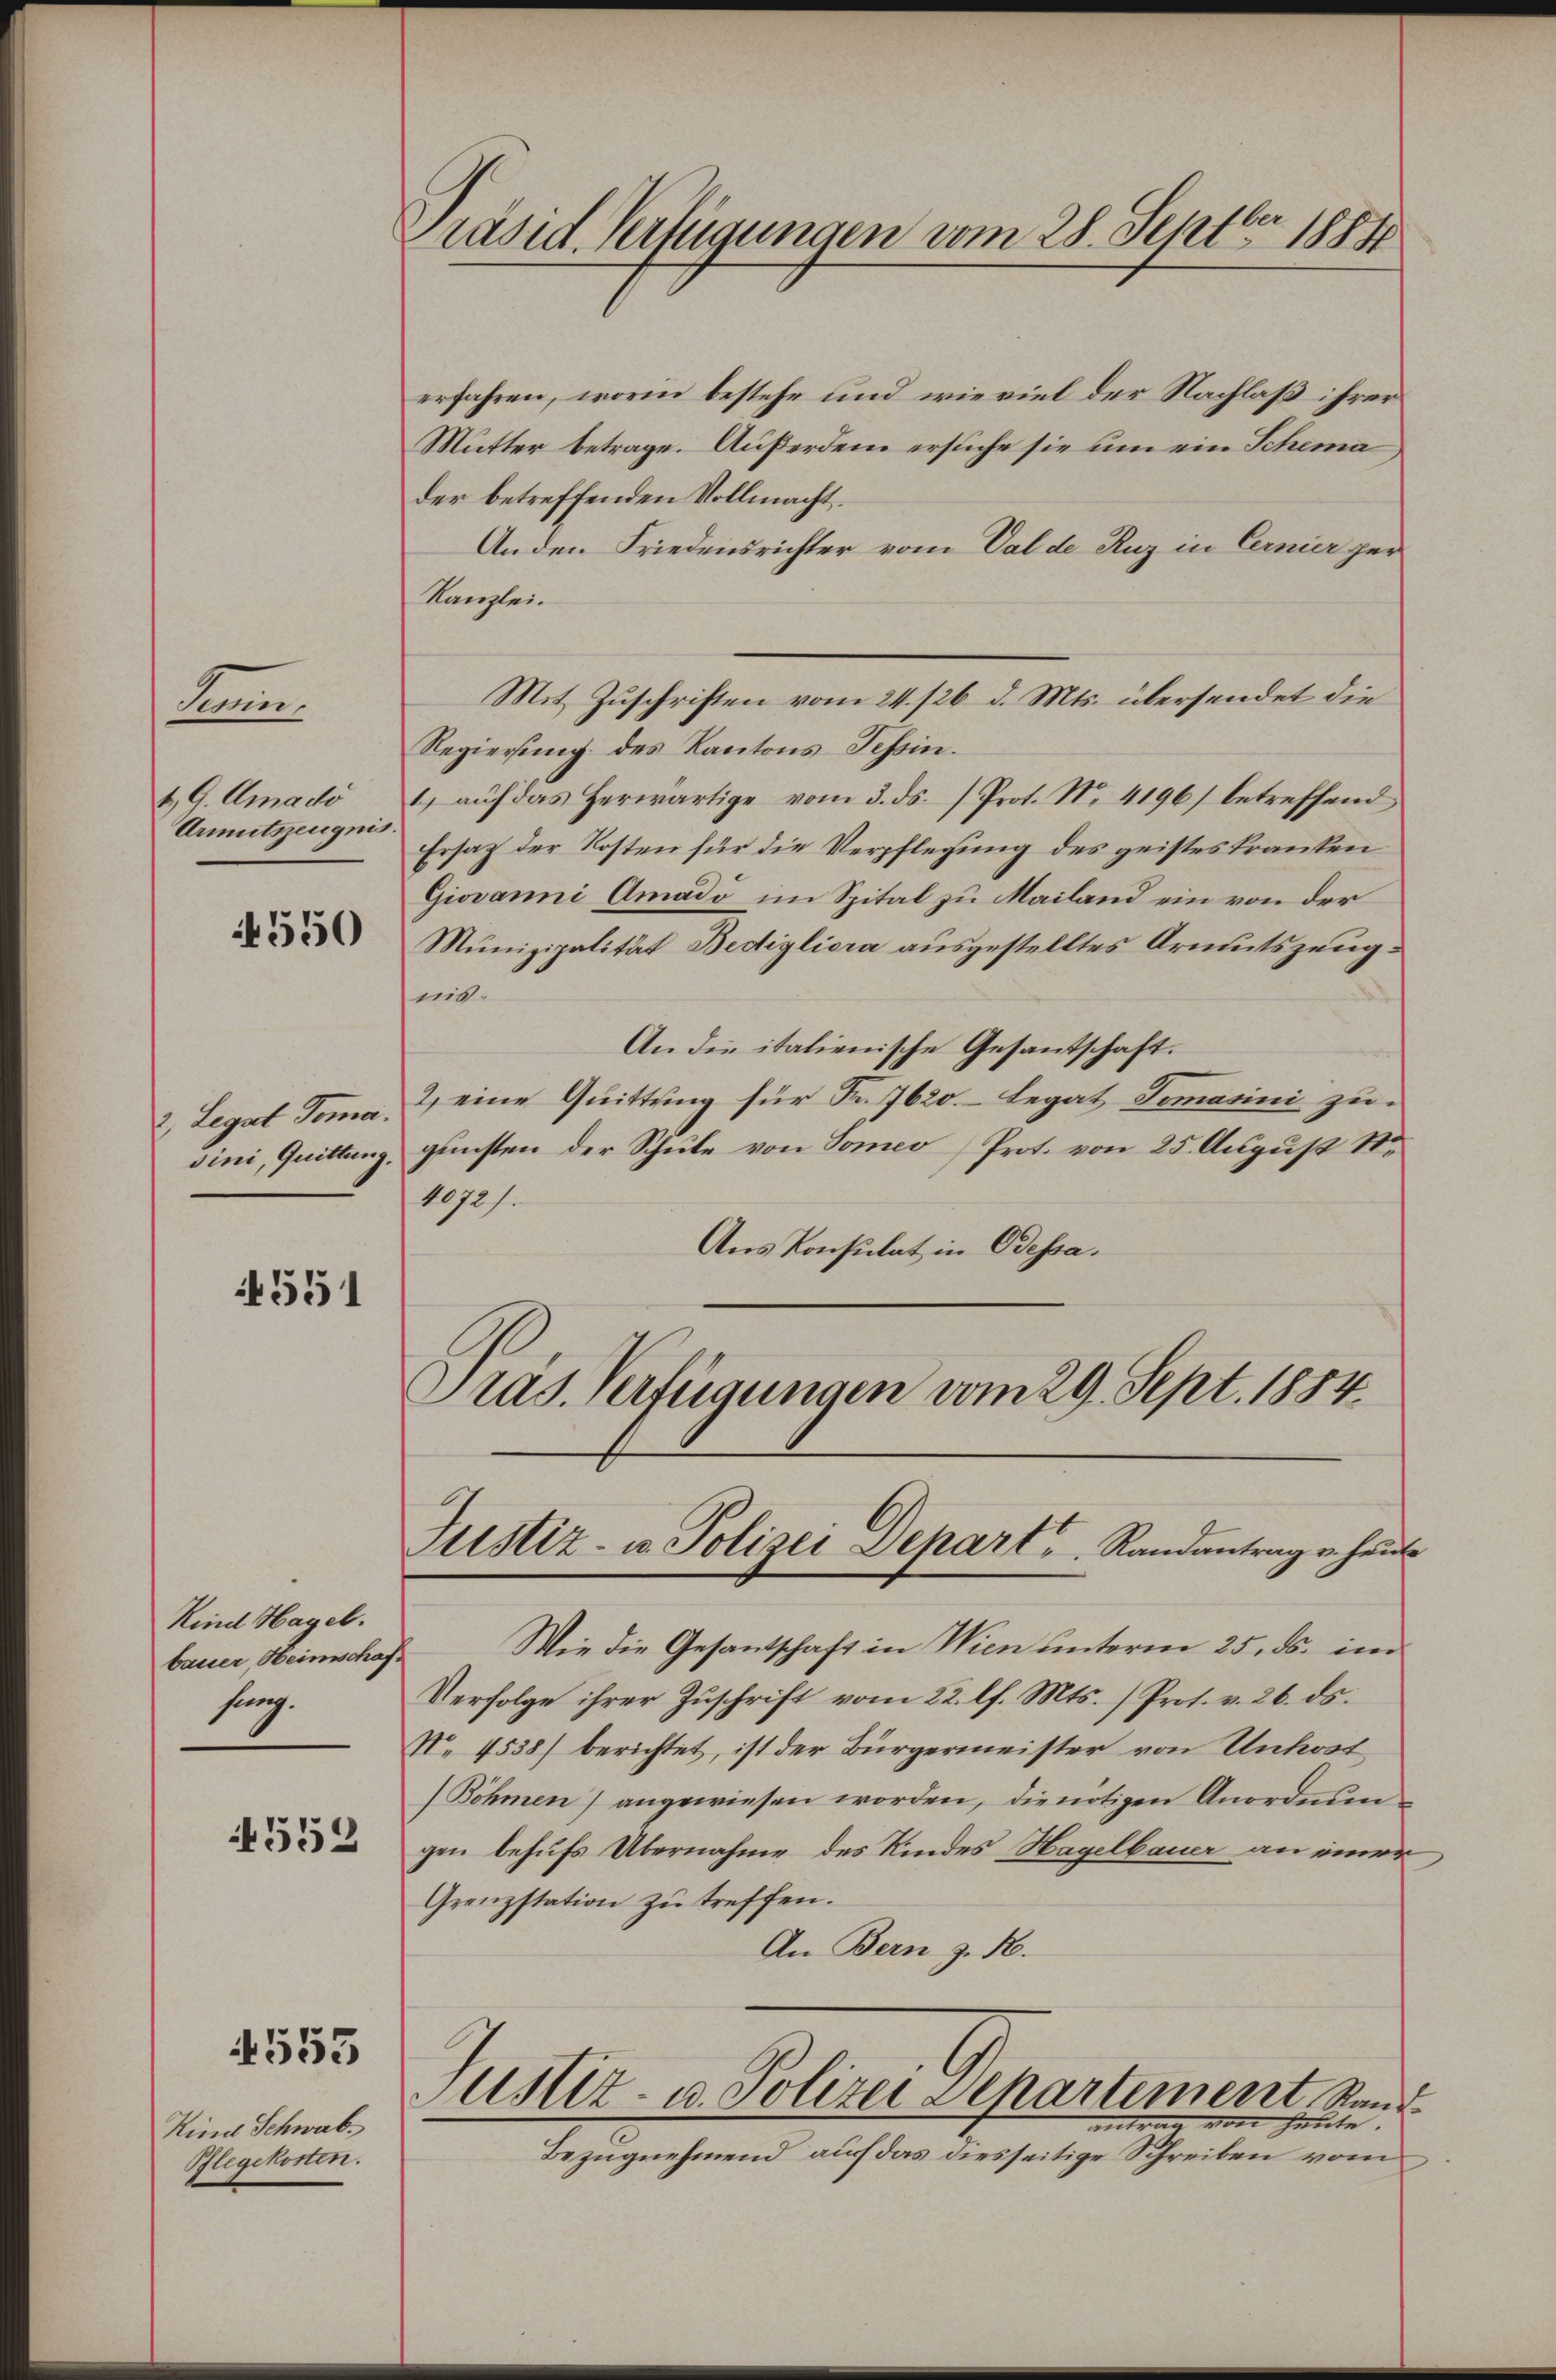
Kenn
t G. Amado
Armutszeugnis.

550

2, Legat Toma.

551

Kind Hagel.
bauer, Heimschafhang.

552

4553

Kind Schwab
Pflegekosten.

erfahren, worin bestehe und wie viel der Nachlaß ihrer
Mutter betrage. Außerdem ersuche sie um ein Schema
der betreffenden Vollmacht.
Anden Friedensrichter vom Val de Ruz in Cernier per
Kanzlei¬
Regierung des Kantons Tessin.
1. aŭf das herwärtige vom 3. ds. /Prot. No. 4196) betreffend
Ersatz der Kosten für die Verpflegung des geistes kranken
Giovanni Amado im Spital zu Mailand ein von der
Munizipalität Bedigliora ausgestelltes Armutszeugnit.
An die italienische Gesantschaft.
2) eine Quittung für Fr. 7620. Legat Tomanni zu
sini, Quittung gunsten der Schule von Someo (Prot. von 25. August 18.
1072).
Aus Konsulat in Odessa.
Präs. Verfügungen vom 29. Sept. 1884.

Präsid. Verfügungen vom 28. Septbr 1884

Wie die Gesantschaft in Wien unterm 25. ds. im
Verfolge ihrer Zuschrift vom 22. l. Mts. (Prof. v. 26. ds.
No. 4538) berichtet, ist der Bürgermeister von Unkost
Böhmen) angewiesen worden, die nötigen Anordnun
gen behufs Übernahme des Kindes Hagelbauer an einer
Grenzstation zŭ treffen.
An Bern z. B.
Justiz- u. Polizei Departement Sandantra von heute.
Bezugnehmend auf das diesseitige Schreiben vom

Mit Zuschriften vom 24. 126. d. Mts. übersendet die

Justiz- u. Polizei Depart, Randantrag er heute